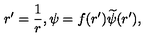
r ^ { \prime } = { \frac { 1 } { r } } , \psi = f ( r ^ { \prime } ) { \widetilde { \psi } } ( r ^ { \prime } ) ,